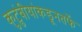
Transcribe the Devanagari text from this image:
कुटुंबीयांकडूनतर्फे